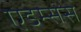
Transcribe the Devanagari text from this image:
एडम्ससे